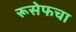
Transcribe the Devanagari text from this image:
रूसेफचा